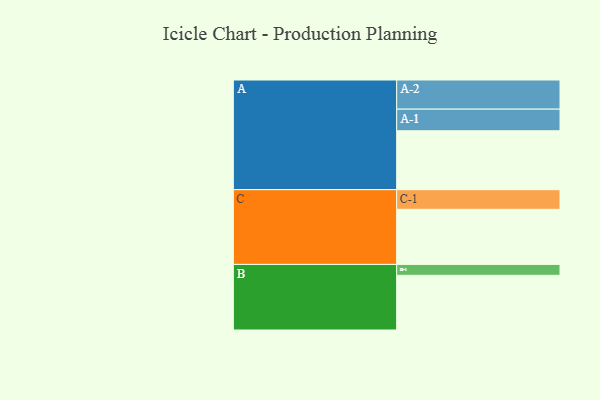
{"axis": {"x": "Segment", "y": "Value"}, "legend": ["", "A", "B", "C"], "data": [{"x": "A", "y": 572, "type": ""}, {"x": "B", "y": 531, "type": ""}, {"x": "C", "y": 535, "type": ""}, {"x": "A-1", "y": 210, "type": "A"}, {"x": "A-2", "y": 283, "type": "A"}, {"x": "B-1", "y": 106, "type": "B"}, {"x": "C-1", "y": 191, "type": "C"}]}